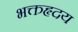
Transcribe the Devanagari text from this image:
भक्तहृदय